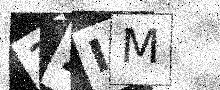
Text: 32IM